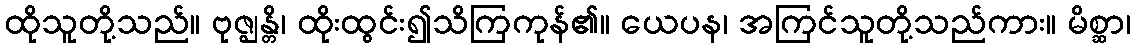
ထိုသူတို့သည်။ ဗုဇ္ဈန္တိ၊ ထိုးထွင်း၍သိကြကုန်၏။ ယေပန၊ အကြင်သူတို့သည်ကား။ မိစ္ဆာ၊